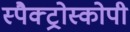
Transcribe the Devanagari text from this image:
स्पैक्ट्रोस्कोपी